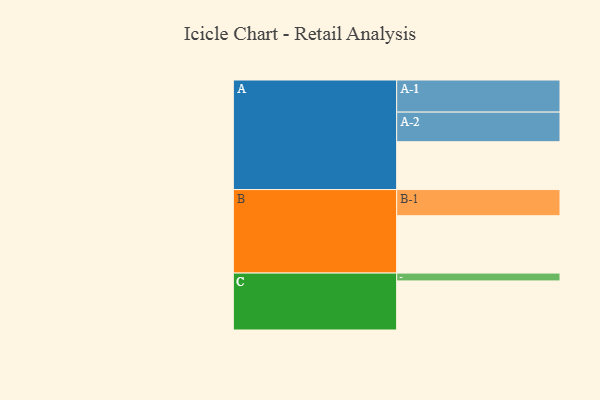
{"axis": {"x": "Segment", "y": "Value"}, "legend": ["", "A", "B", "C"], "data": [{"x": "A", "y": 347, "type": ""}, {"x": "B", "y": 416, "type": ""}, {"x": "C", "y": 356, "type": ""}, {"x": "A-1", "y": 233, "type": "A"}, {"x": "A-2", "y": 215, "type": "A"}, {"x": "B-1", "y": 190, "type": "B"}, {"x": "C-1", "y": 57, "type": "C"}]}